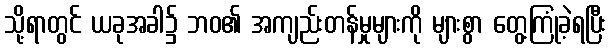
သို့ရာတွင် ယခုအခါ၌ ဘဝ၏ အကျည်းတန်မှုများကို များစွာ တွေ့ကြုံခဲ့ရပြီး